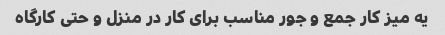
یه میز کار جمع و جور مناسب برای کار در منزل و حتی کارگاه